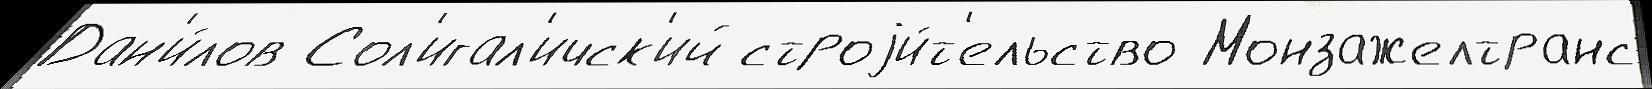
Дан'и́лов Сол'игал'ичск'ий строjи́т'ельство Монзажелтранс